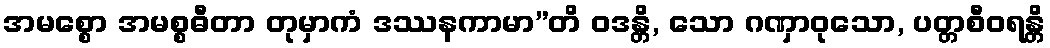
အမစ္စော အမစ္စဓီတာ တုမှာကံ ဒဿနကာမာ”တိ ဝဒန္တိ, သော ဂဏှာဝုသော, ပတ္တစီဝရန္တိ